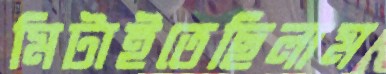
মিটাইতেছিলাম